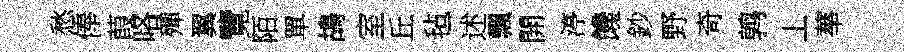
愁俸葭咯殫翼覽陌單鴣室丘毡述飄開渟饞鈔野奇鹑丄蕐